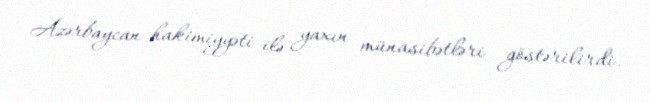
Azərbaycan hakimiyyəti ilə yaxın münasibətləri göstərilirdi.